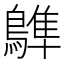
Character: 𪄩